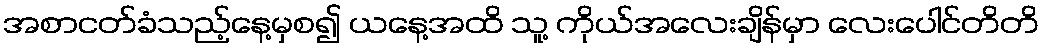
အစာငတ်ခံသည့်နေ့မှစ၍ ယနေ့အထိ သူ့ ကိုယ်အလေးချိန်မှာ လေးပေါင်တိတိ